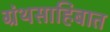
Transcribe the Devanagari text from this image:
ग्रंथसाहिबात